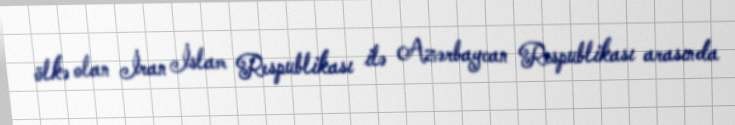
ölkə olan İran İslam Respublikası ilə Azərbaycan Respublikası arasında